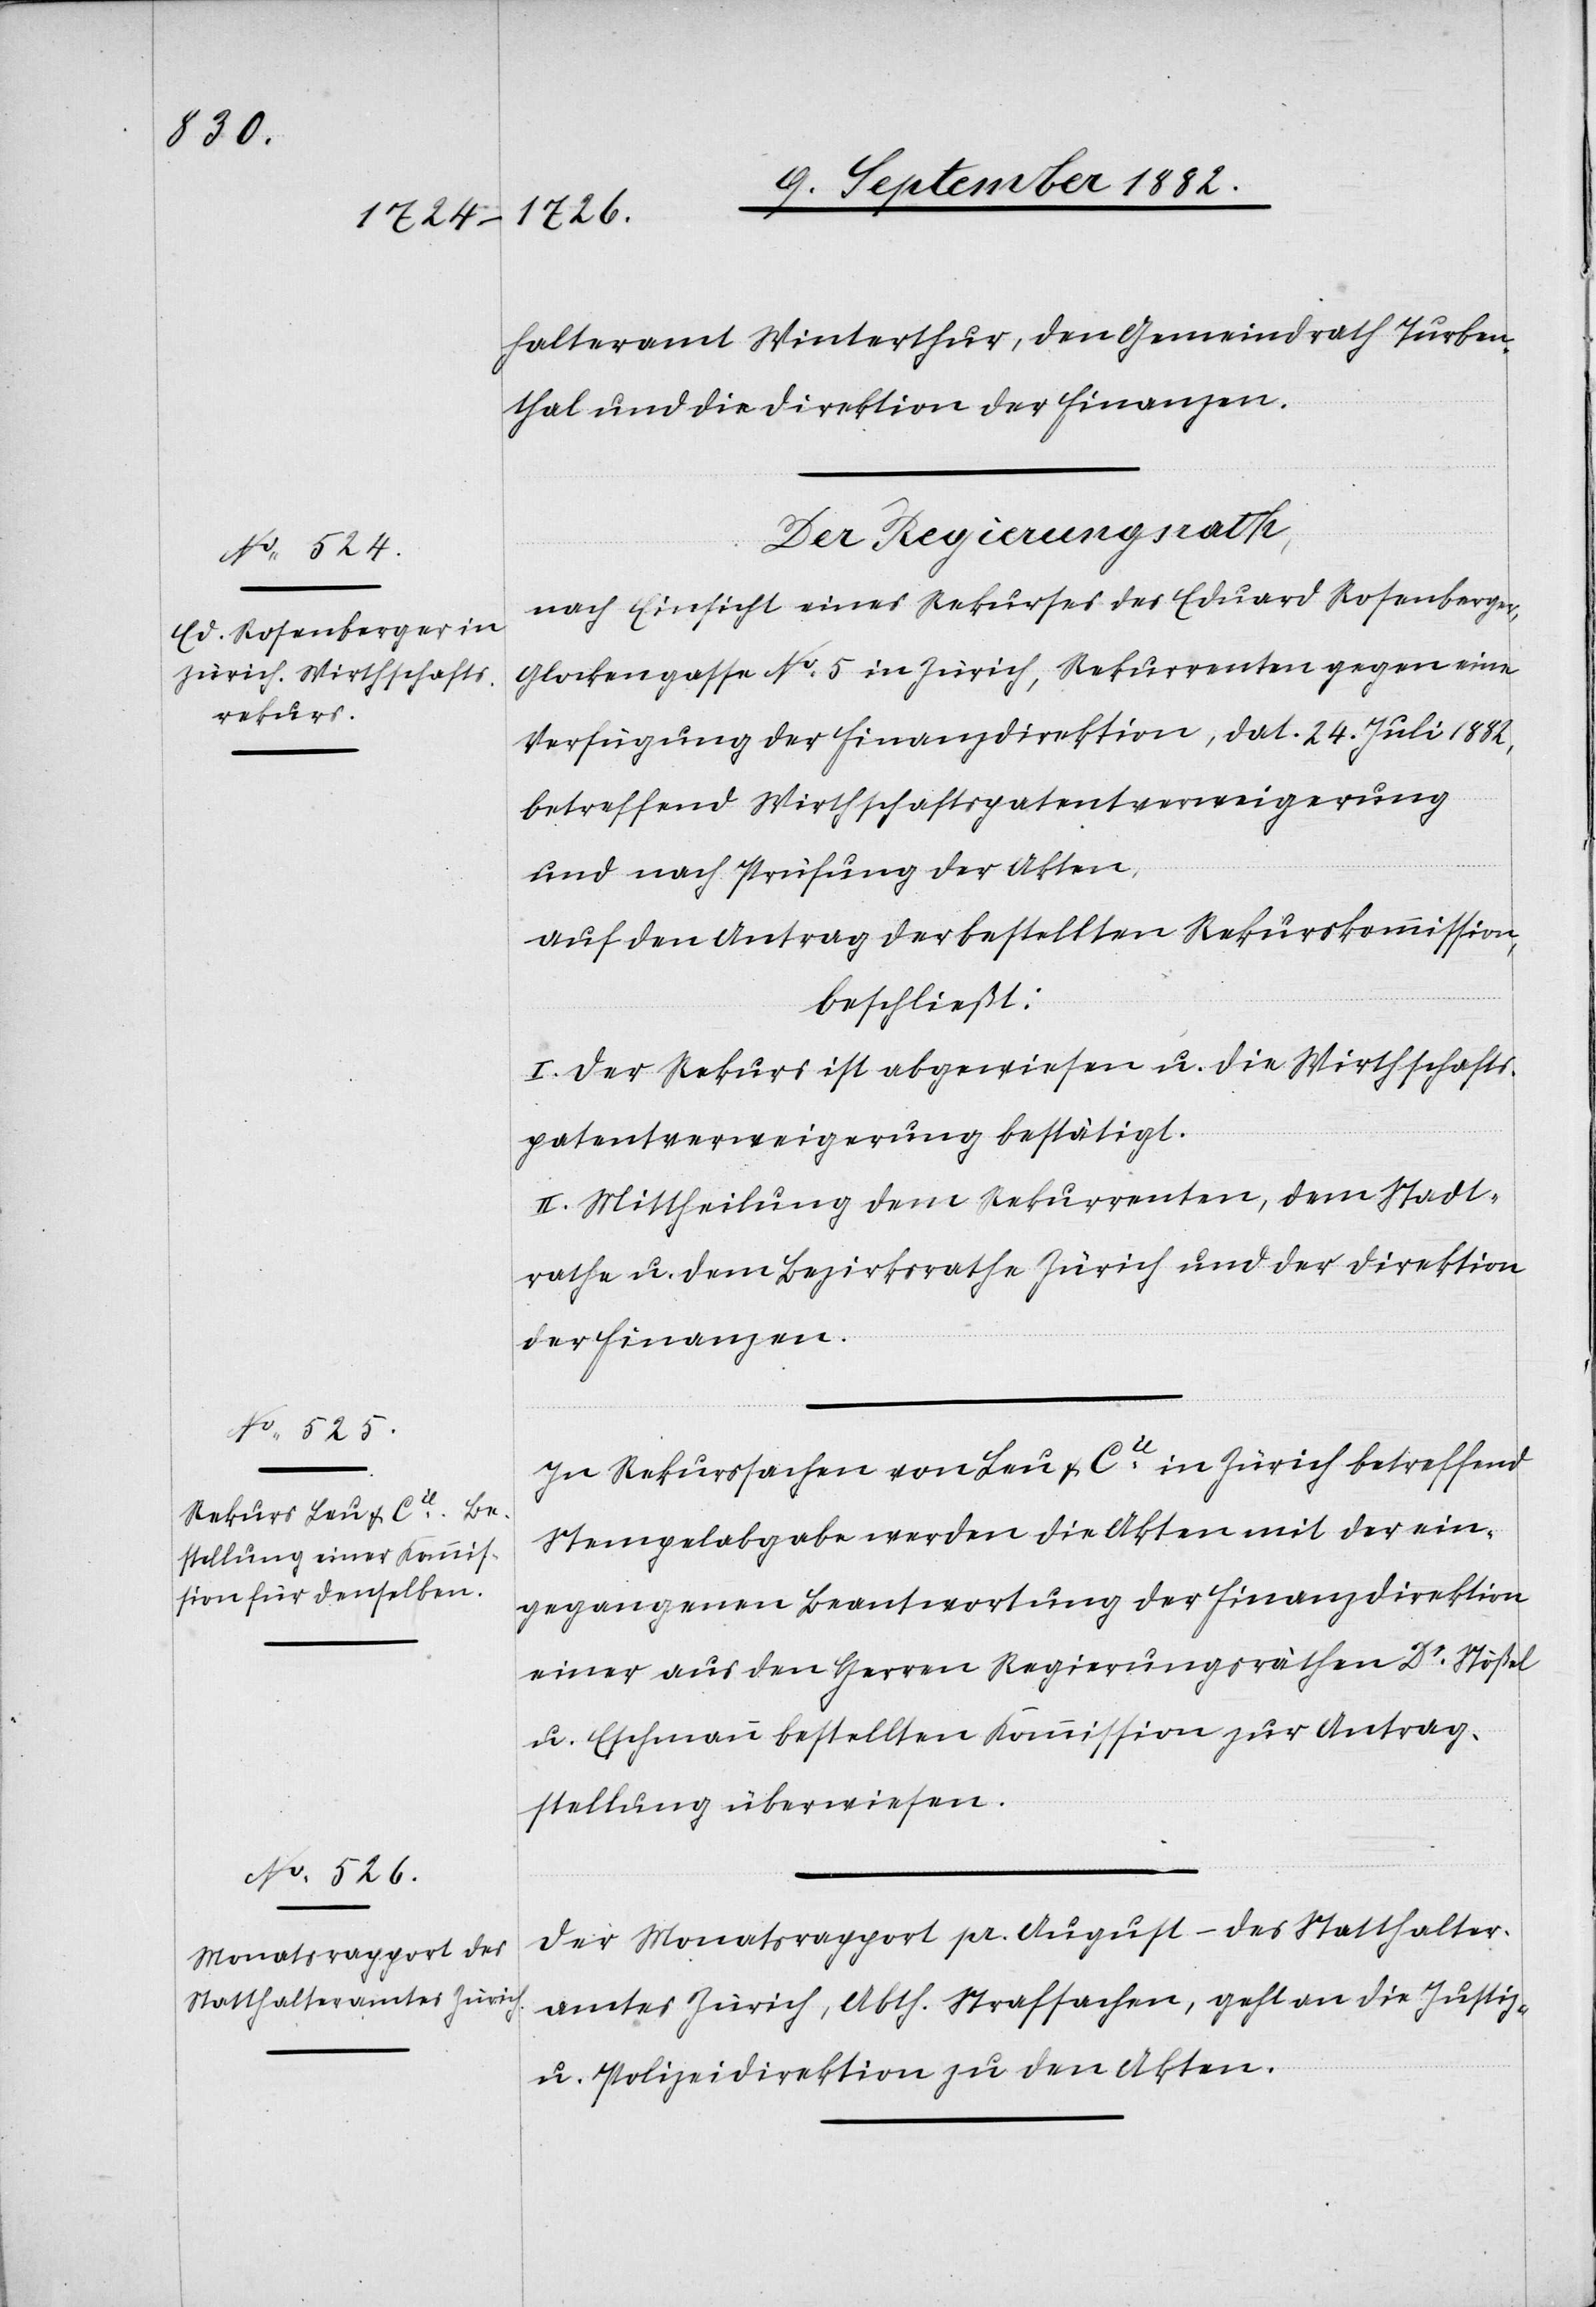
halteramt Winterthur, den Gemeindrath Turben¬
thal und die Direktion der Finanzen.
Der Regierungsrath,
nach Einsicht eines Rekurses des Eduard Rosenberger,
Glockengasse No 5 in Zürich, Rekurrenten gegen eine
Verfügung der Finanzdirektion, dat. 24. Juli 1882,
betreffend Wirthschaftspatentverweigerung
und nach Prüfung der Akten,
auf den Antrag der bestellten Rekurskommission,
beschließt:
I. Der Rekurs ist abgewiesen u. die Wirthschafts¬
patentverweigerung bestätigt.
II. Mittheilung dem Rekurrenten, dem Stadt¬
rathe u. dem Bezirksrathe Zürich und der Direktion
der Finanzen.
In Rekurssachen von Bau & Cie in Zürich betreffend
Stempelabgabe werden die Akten mit der ein¬
gegangenen Beantwortung der Finanzdirektion
einer aus den Herren Regierungsräthen Dr Stößel
u. Eschmann bestellten Kommission zur Antrag¬
stellung überwiesen.
Der Monatsrapport pr. August – des Statthalter¬
amtes Zürich, Abth. Strafsachen, geht an die Justiz-
& Polizeidirektion zu den Akten.